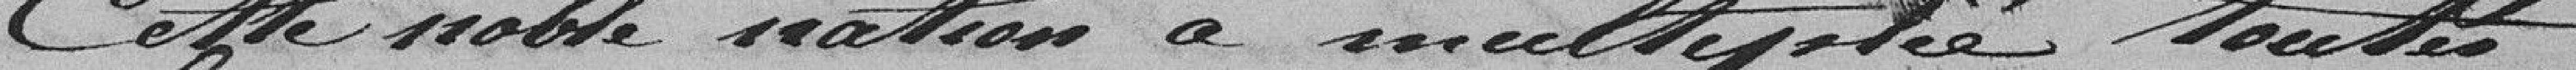
Coff noble nation